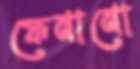
ফেনানো